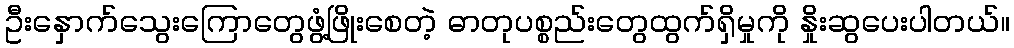
ဦးနှောက်သွေးကြောတွေဖွံ့ဖြိုးစေတဲ့ ဓာတုပစ္စည်းတွေထွက်ရှိမှုကို နှိုးဆွပေးပါတယ်။